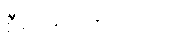
စီစဉ်ပေးခဲ့ပါတယ်။